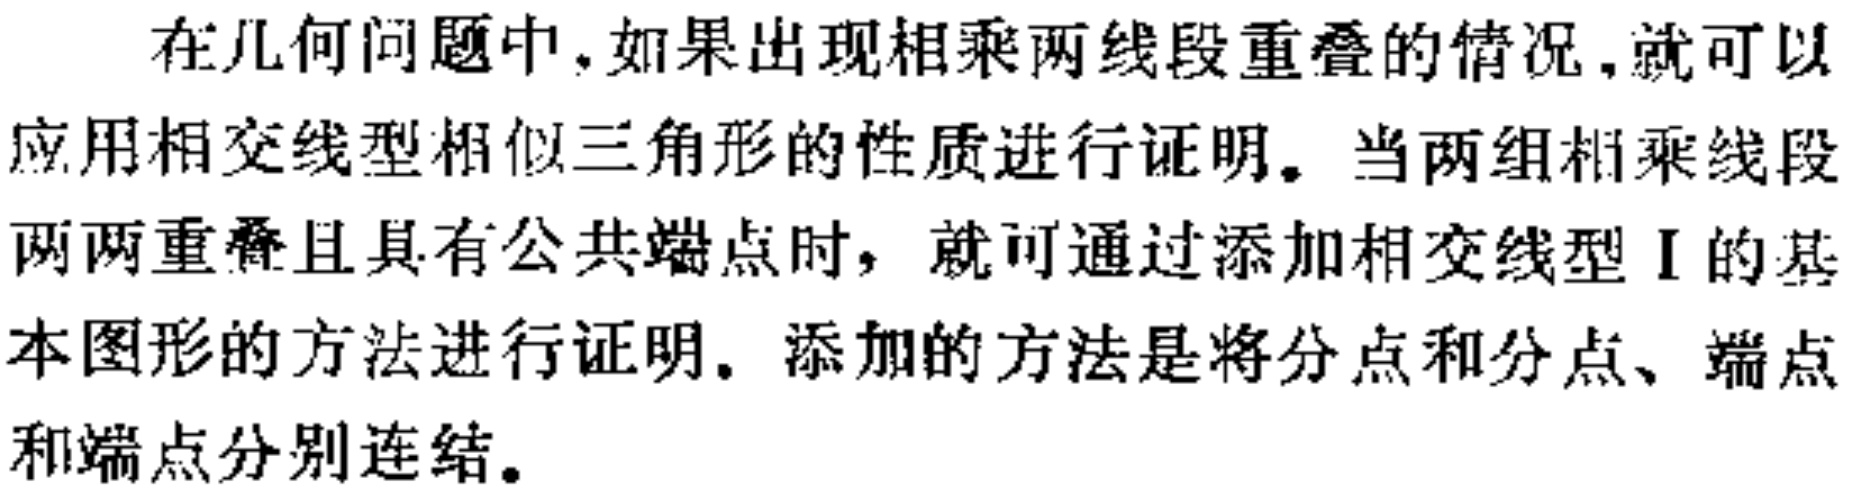
在几何问题中，如果出现相乘两线段重叠的情况，就可以
应用相交线型相似三角形的性质进行证明。当两组相乘线段
两两重叠且具有公共端点时，就可通过添加相交线型 I 的基
本图形的方法进行证明。添加的方法是将分点和分点、端点
和端点分别连结。